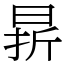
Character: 𣇄